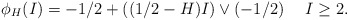
\begin{align*} \phi_H(I) = -1/2 + ((1/2-H)I)\vee (-1/2) \quad\; I\geq2.\end{align*}